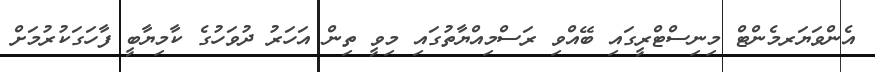
އެންވަޔަރމެންޓް މިނިސްޓްރީގައި ބޭއްވި ރަސްމިއްޔާތުގައި މިވީ ތިން އަހަރު ދުވަހުގެ ކާމިޔާބީ ފާހަގަކުރުމަށް